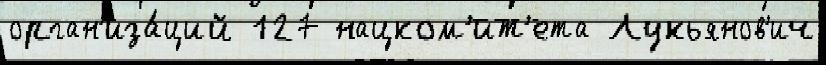
орган'иза́ций 127 нацком'ит'ета Лукьянов'ич